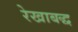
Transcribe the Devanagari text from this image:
रेखाबद्ध